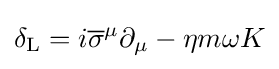
\delta _{\rm {L}}=i{\overline {\sigma }}^{\mu }\partial _{\mu }-\eta m\omega K